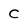
Character: C